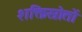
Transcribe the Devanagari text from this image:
शक्तिस्रोतों